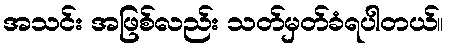
အသင်း အဖြစ်လည်း သတ်မှတ်ခံရပါတယ်။